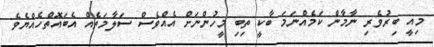
މިއީ ބިރުވެރި ނާމާން ކަމެއްނަމަ ބާކީ ތިބި މީހުންނަށް އެއްވެސް ސަލާމަތެއް އެބައޮތްހެއްޔެވެ